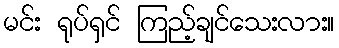
မင်း ရုပ်ရှင် ကြည့်ချင်သေးလား။